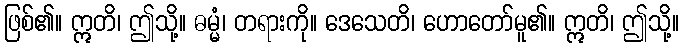
ဖြစ်၏။ ဣတိ၊ ဤသို့။ ဓမ္မံ၊ တရားကို။ ဒေသေတိ၊ ဟောတော်မူ၏။ ဣတိ၊ ဤသို့။